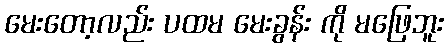
မေးတော့လည်း ပထမ မေးခွန်း ကို မဖြေဘူး